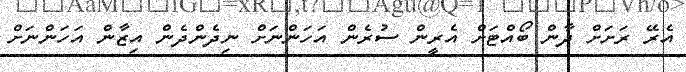
އެރޭ ރަށަށް ދާން ބޯއްޓަށް އެރީން ސުރެން އަހަންނަށް ނިދެންދެން އިޒާން އަހަންނަށް